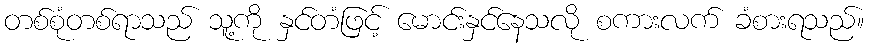
တစ်စုံတစ်ရာသည် သူ့ကို နှင်တံဖြင့် မောင်းနှင်နေသလို စကားလက် ခံစားရသည်။